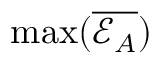
\operatorname* { m a x } ( \overline { { \mathcal { E } _ { A } } } )